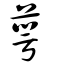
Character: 萼